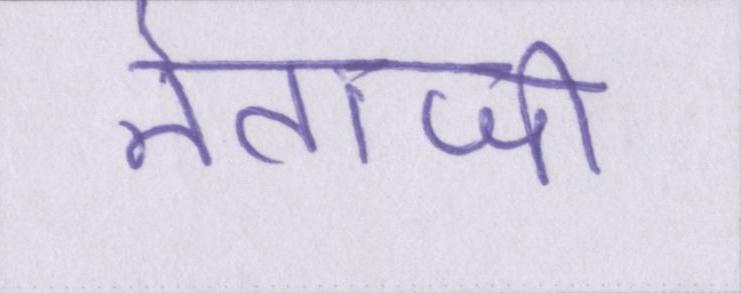
नेताजी